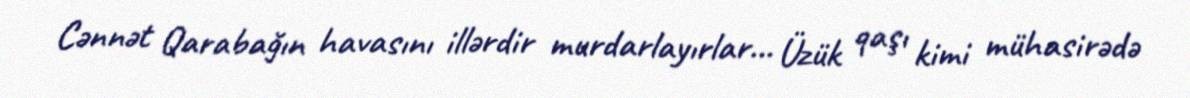
Cənnət Qarabağın havasını illərdir murdarlayırlar... Üzük qaşı kimi mühasirədə